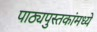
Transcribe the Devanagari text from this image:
पाठ्यपुस्तकांमध्ये